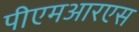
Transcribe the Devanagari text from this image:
पीएमआरएस